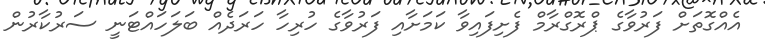
އެއްގޮތަށް ފަރުވާގެ ޕްރޮގްރާމް ފެށިފައިވާ ކަމަށާއި ފަރުވާގެ ހުރިހާ ހަރަދެއް ބަލަހައްޓަނީ ސަރުކާރުން